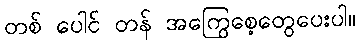
တစ် ပေါင် တန် အကြွေစေ့တွေပေးပါ။